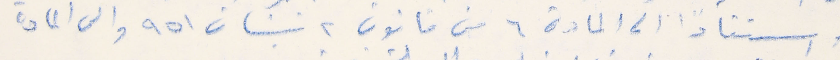
استنادًا الى المادة ٦ من قانون ٢ نيسان ٩٥١ والى المادة